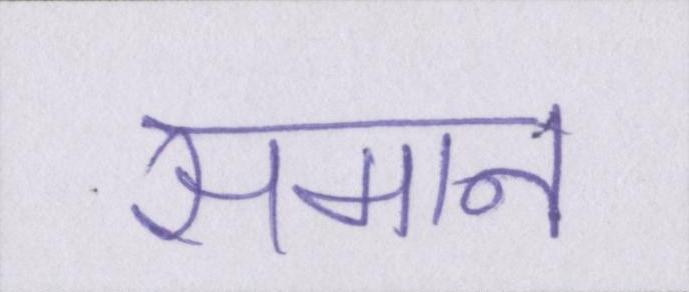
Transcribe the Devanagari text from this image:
समान